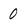
Character: 0